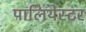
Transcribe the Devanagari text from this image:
पालियेस्टर